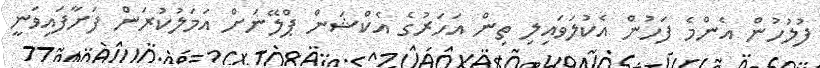
ފުލުހުން އެންމެ ފަހުން އެކުލަވައިލި ތިން އަހަރުގެ އެކްޝަން ޕްލޭނަށް އަމަލުކުރަން ފަށާފައިވަނީ